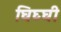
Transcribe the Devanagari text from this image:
घिघ्घी